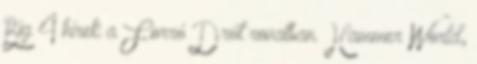
Big 4 hírek a Forró Drót rovatban. Hammer World,